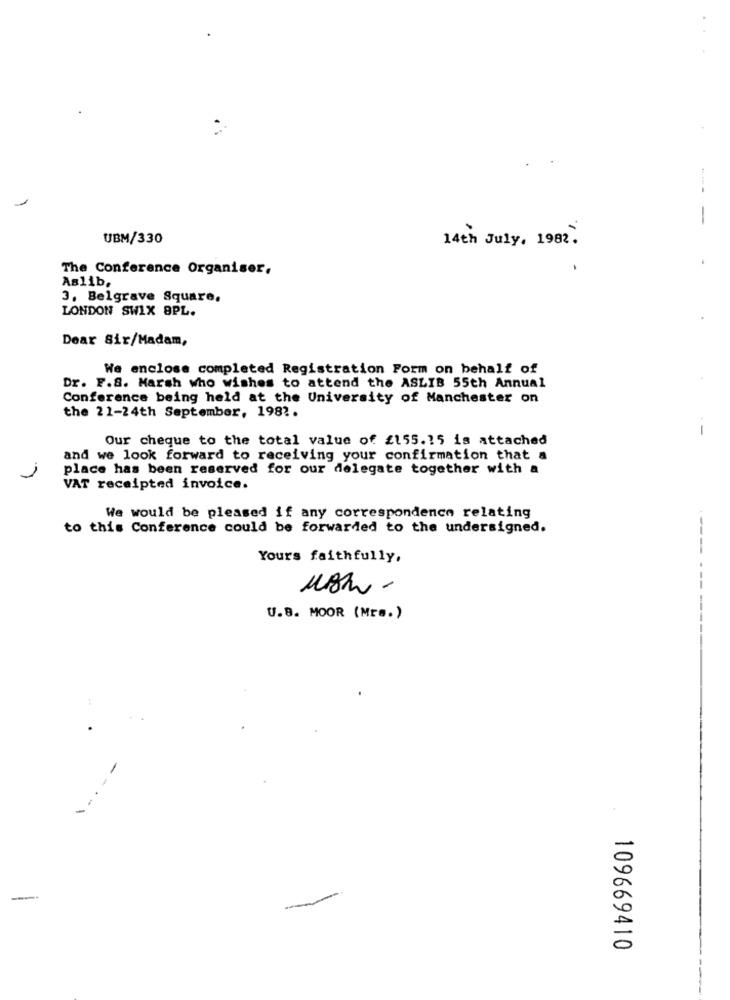
-
UBM/330
14th July , 1982 .
The Conference Organiser.
Aslib.
3. Belgrave Square.
LONDON SWIX 8PL.
Dear Sir/Madam,
We enclose completed Registration Form on behalf of
Dr. F.8. Marsh who wishes to attend the ASLIB 55th Annual
Conference being held at the University of Manchester on
the 21-24th September, 198 ?.
-
Our cheque to the total value of £155.15 is attached
and we look forward to receiving your confirmation that a
place has been reserved for our delegate together with a
VAT receipted invoice.
We would be pleased if any correspondence relating
to this Conference could be forwarded to the undersigned.
Yours faithfully.
--
U.B. MOOR (Mrs.)
-
109669410